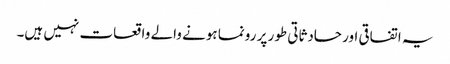
یہ اتفاقی اور حادثاتی طور پر رونما ہونے والے واقعات نہیں ہیں۔